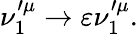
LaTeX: \nu_{1}^{\prime\mu}\rightarrow\varepsilon\nu_{1}^{\prime\mu}.